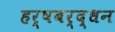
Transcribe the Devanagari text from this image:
हर्षबर्द्धन